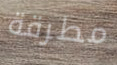
مطرقة